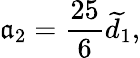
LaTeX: \mathfrak{a}_{2}=\frac{{25}}{{6}}\widetilde{{d}}_{1},